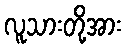
လူသားတို့အား